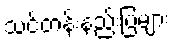
သင်တန်းနည်းပြများ